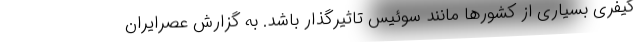
کیفری بسیاری از کشورها مانند سوئیس تاثیرگذار باشد. به گزارش عصرایران